Indian journal of veterinary science and animal husbandry - Volume 3,
Year: 1933
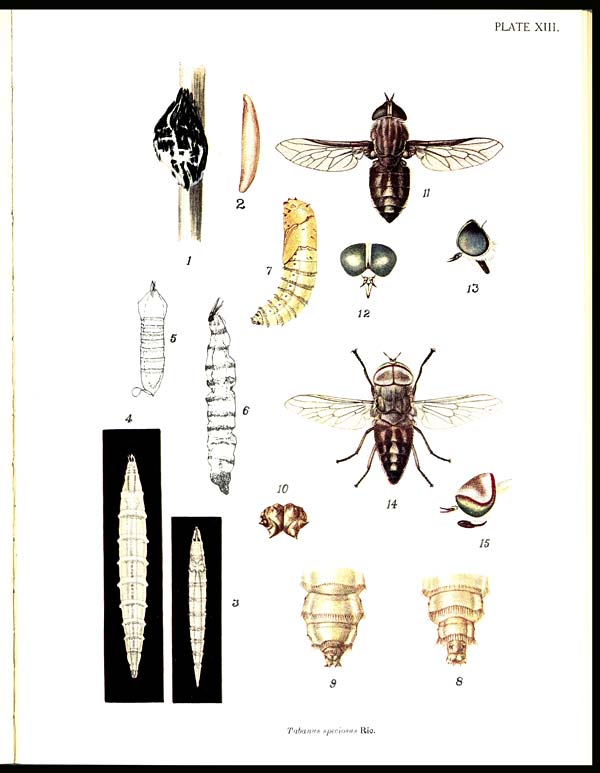
PLATE XIII.
Tabanus speciosus Ric.